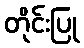
တိုင်းပြု